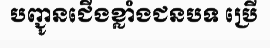
បញ្ជូនជើងខ្លាំងជនបទ ប្រើ